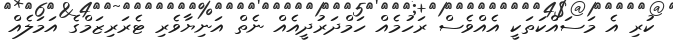
ކުރި އެ މަސައްކަތަކީ އެއްވެސް ރަހުމެއް ހަމްދަރުދީއެއް ނެތް އަނިޔާވެރި ޓެރަރިޒަމްގެ އަމަލެއް